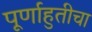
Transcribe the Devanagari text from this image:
पूर्णाहुतीचा